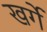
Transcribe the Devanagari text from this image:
खर्गे